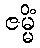
ဇမ္မိံ